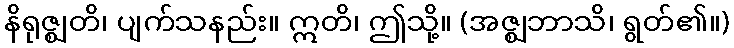
နိရုဇ္ဈတိ၊ ပျက်သနည်း။ ဣတိ၊ ဤသို့။ (အဇ္ဈဘာသိ၊ ရွတ်၏။)